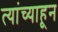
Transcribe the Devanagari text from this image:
त्यांच्याहून